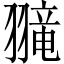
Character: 𫅮